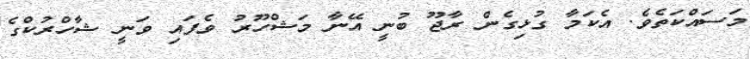
މަސައްކަތެވެ. އެކަމާ ގުޅިގެން ރާޖޫ ބުނީ އޭނާ މަޝްހޫރު ވެފައި ވަނީ ޝާހްރުކްގެ